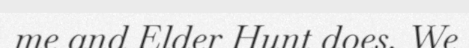
me and Elder Hunt does. We